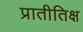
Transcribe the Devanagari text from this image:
प्रातीतिक्ष